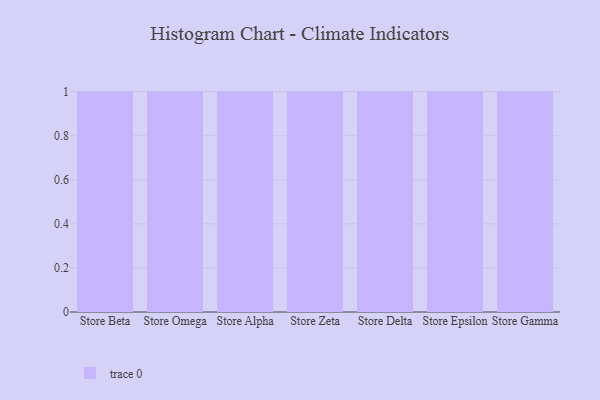
{"axis": {"x": "Store", "y": "Revenue (USD Million)"}, "legend": [""], "data": [{"x": "Store Beta", "y": 97, "type": ""}, {"x": "Store Omega", "y": 13, "type": ""}, {"x": "Store Alpha", "y": 71, "type": ""}, {"x": "Store Zeta", "y": 16, "type": ""}, {"x": "Store Delta", "y": 83, "type": ""}, {"x": "Store Epsilon", "y": 100, "type": ""}, {"x": "Store Gamma", "y": 46, "type": ""}]}